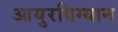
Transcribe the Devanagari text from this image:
आयुरविग्यान